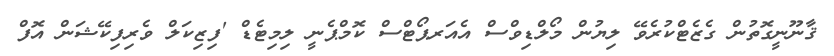
ޤާނޫނީގޮތުން ގެޒެޓްކުރެވޭ ލިޔުން މޯލްޑިވްސް އެއަރޕޯޓްސް ކޮމްޕެނީ ލިމިޓެޑް 'ފިޒިކަލް ވެރިފިކޭޝަން އޮފް